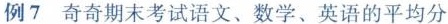
例7 奇奇期末考试语文、数学、英语的平均分